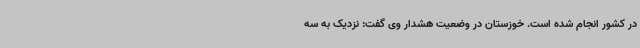
در کشور انجام شده است. خوزستان در وضعیت هشدار وی گفت: نزدیک به سه